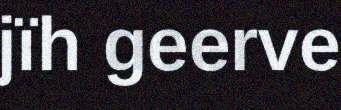
jïh geerve